Annual report on the health of the army in India
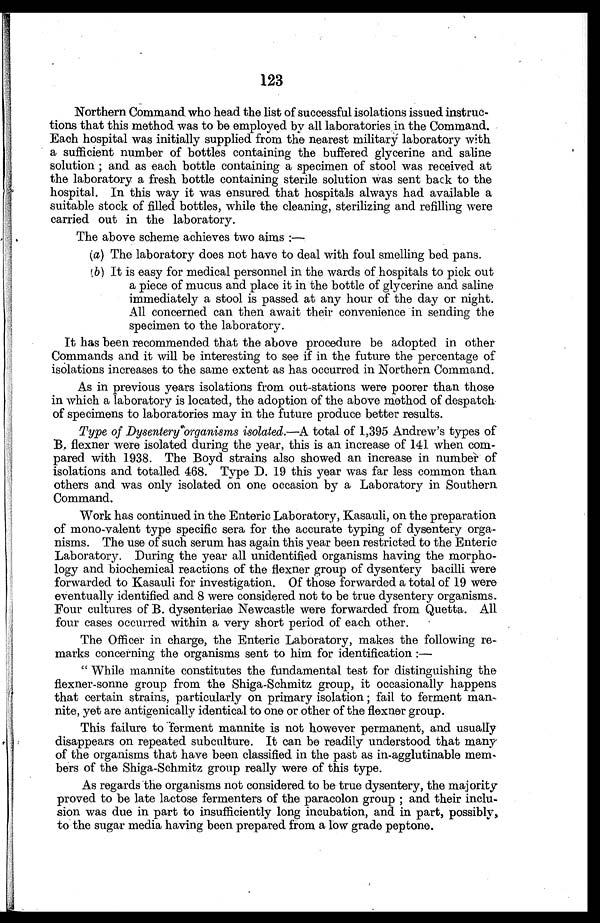
123
Northern Command who head the list of successful isolations issued instruc
-tions that this method was to be employed by all laboratories in the Command.
Each hospital was initially supplied from the nearest military laboratory with
a sufficient number of bottles containing the buffered glycerine and saline
solution; and as each bottle containing a specimen of stool was received at
the laboratory a fresh bottle containing sterile solution was sent back to the
hospital. In this way it was ensured that hospitals always had available a
suitable stock of filled bottles, while the cleaning, sterilizing and refilling were
carried out in the laboratory.
The above scheme achieves two aims:—
(a) The laboratory does not have to deal with foul smelling bed pans.
( b ) I t i s e a s y f o r m e d i c a l p e r s o n n e l i n t h e w a r d s o f h o s p i t a l s t o p i c k o u t
a piece of mucus and place it in the bottle of glycerine and saline
immediately a stool is passed at any hour of the day or night.
All concerned can then await their convenience in sending the
specimen to the laboratory.
It has been recommended that the above procedure be adopted in other
Commands and it will be interesting to see if in the future the percentage of
isolations increases to the same extent as has occurred in Northern Command.
As in previous years isolations from out-stations were poorer than those
in which a laboratory is located, the adoption of the above method of despatch
of specimens to laboratories may in the future produce better results.
Type of Dysentery organisms isolated. —A total of 1,395 Andrew's types of
B. flexner were isolated during the year, this is an increase of 141 when com
- p a r e d w i t h 1 9 3 8 . T h e B o y d s t r a i n s a l s o s h o w e d a n i n c r e a s e i n n u m b e r o f
isolations and totalled 468. Type D. 19 this year was far less common than
others and was only isolated on one occasion by a Laboratory in Southern
Command.
Work has continued in the Enteric Laboratory, Kasauli, on the preparation
of mono-valent type specific sera for the accurate typing of dysentery orga
- n i s m s . T h e u s e o f s u c h s e r u m h a s a g a i n t h i s y e a r b e e n r e s t r i c t e d t o t h e E n t e r i c
Laboratory. During the year all unidentified organisms having the morpho
- l o g y a n d b i o c h e m i c a l r e a c t i o n s o f t h e f l e x n e r g r o u p o f d y s e n t e r y b a c i l l i w e r e
forwarded to Kasauli for investigation. Of those forwarded a total of 19 were
eventually identified and 8 were considered not to be true dysentery organisms.
Four cultures of B. dysenteriae Newcastle were forwarded from Quetta. All
four cases occurred within a very short period of each other.
The Officer in charge, the Enteric Laboratory, makes the following re
-marks concerning the organisms sent to him for identification:
—
"While mannite constitutes the fundamental test for distinguishing the
flexner-sonne group from the Shiga-Schmitz group, it occasionally happens
that certain strains, particularly on primary isolation; fail to ferment man
nite, yet are antigenically identical to one or other of the flexner group.
This failure to ferment mannite is not however permanent, and usually
disappears on repeated subculture. It can be readily understood that many
of the organisms that have been classified in the past as in-agglutinable mem
- b e r s o f t h e S h i g a - S c h m i t z g r o u p r e a l l y w e r e o f t h i s t y p e .
As regards the organisms not considered to be true dysentery, the majority
proved to be late lactose fermenters of the paracolon group; and their inclu
- s i o n w a s d u e i n p a r t t o i n s u f f i c i e n t l y l o n g i n c u b a t i o n , a n d i n p a r t , p o s s i b l y ,
to the sugar media having been prepared from a low grade peptone.